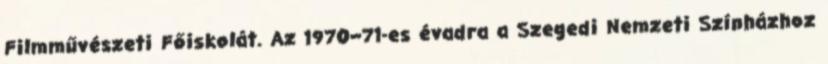
Filmművészeti Főiskolát. Az 1970–71-es évadra a Szegedi Nemzeti Színházhoz